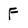
Character: F